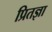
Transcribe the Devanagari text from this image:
प्रितज्ञा